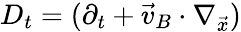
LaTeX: D_{t}=(\partial_{t}+\vec{v}_{B}\cdot\nabla_{\vec{x}})